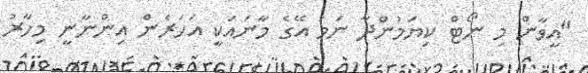
"އީވާން މި ނޯޓް ކިޔަމުންދާ ނަމަ އޭގެ މާނައަކީ އަހަރެން އިންނާނީ މިހާރު